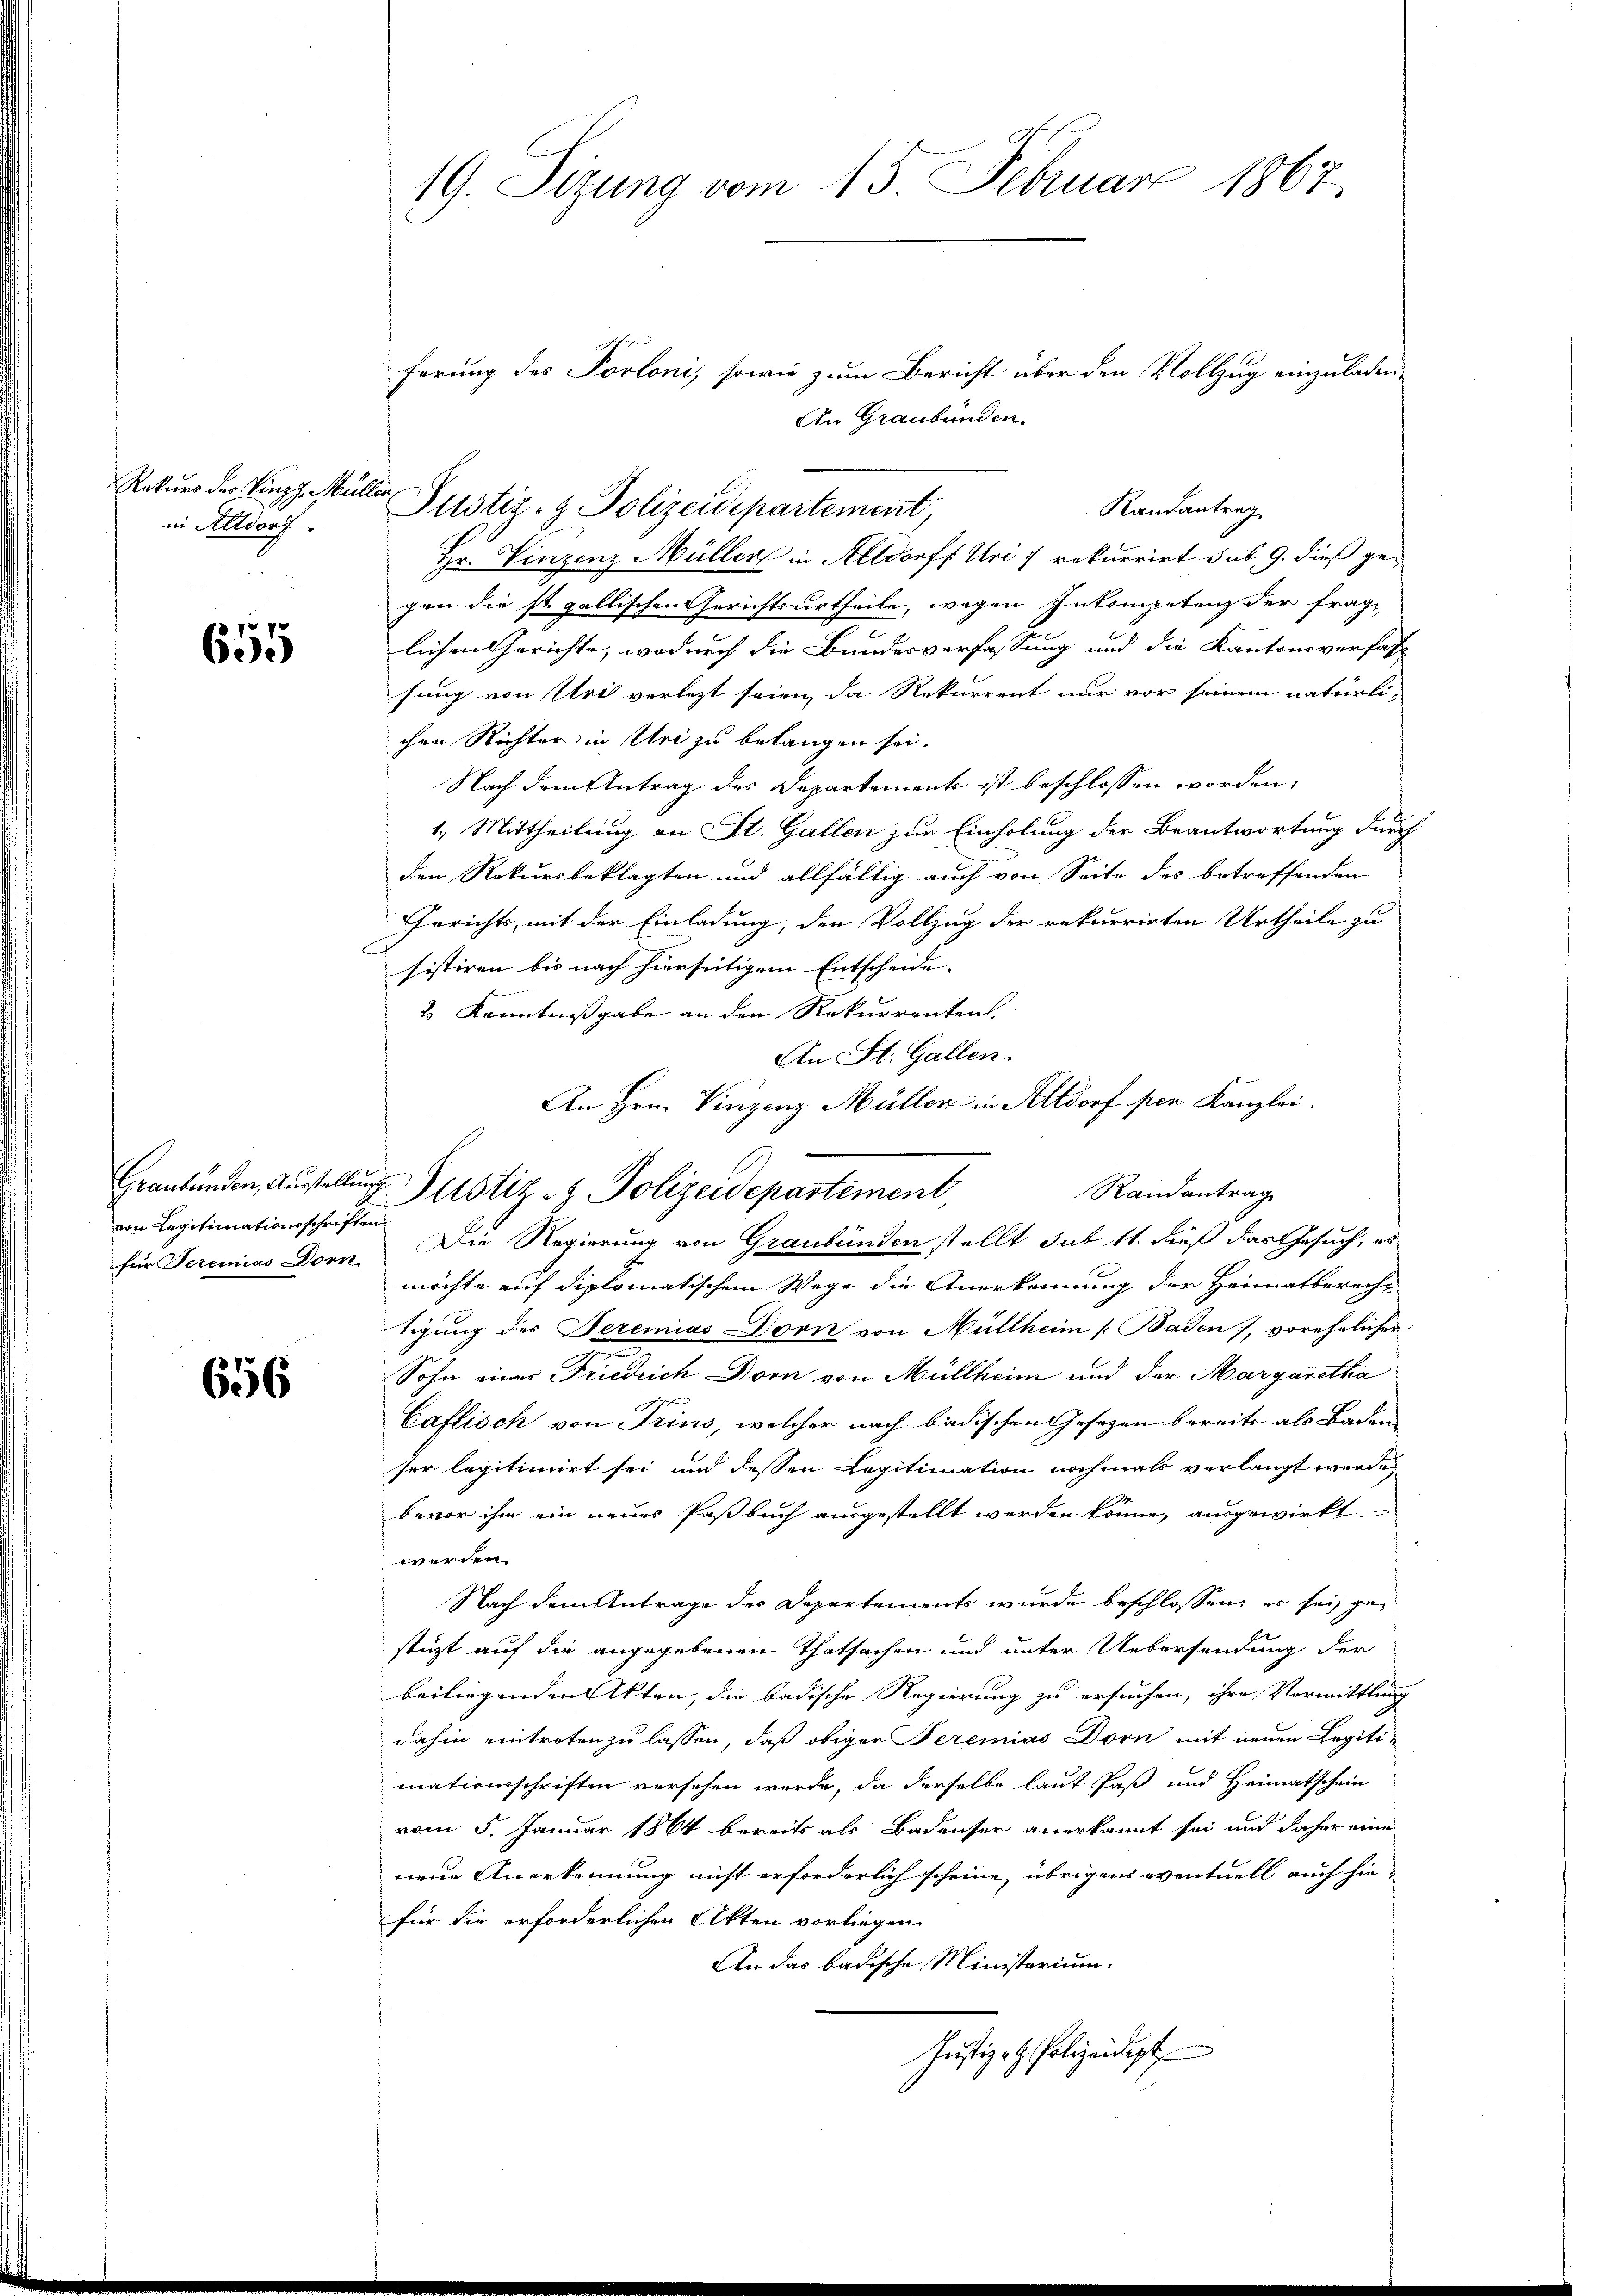
Rekurs der Vinzz, Müller
in Altdorf.

655

für Seremias Dorn

656

19. Sitzung vom 15. Februar 1867.

ferung des Portoni, sowie zum Bericht über den Vollzug einzuladen,
An Graubünden
Randantrag
Justiz- & Polizeidepartement,
Hr. Vinzenz Müller in Altdorff Uri u rekurrirt sub 9. dieß gegen die st. gallischen Gerichtsurtheile, wegen Inkompetenz der frage
lichen Gerichte, wodurch die Bundesverfassung und die Kantonsverfas-
sung von Uri verletzt seien, da Rekurrent nur vor seinem natürli-
chen Richter in Uri zu belangen sei.
Nach dem Antrag des Departements ist beschlossen worden,
1.) Mittheilung an St. Gallen zur Einholung der Beantwortung durch
den Rekursbeklagten und allfällig auch von Seite des betreffenden
Gerichts, mit der Einladung, den Vollzug der rekurrirten Urtheile zu
sistiren bis nach hierseitigem Entscheide. |
2 Kenntnissgabe an den Rekurrenten.
An St. Gallen.
An Hrn. Vinzenz Müller in Altdorf per Kanzlei.
Randantrag
von Legitimationsschriften Die Regierung von Graubünden stellt sub 11. dieß das Gesuch, es
möchte auf diplomatischem Wege die Anerkennung der Heimatberecht
tigung des Seremias Dorn von Müllheim (Baden, vorehelicher
Sohn einer Friedrich Dorn von Müllheim und der Margaretha
Caflisch von Trins, welcher nach badischen Gesezen bereits als Badenser legitimirt sei und dessen Legitimation nochmals verlangt werde,
bevor ihm ein neues Paßbuch ausgestellt werden könne, ausgewirkt
werden.
Nach dem Antrage der Departements wurde beschlossen, er sei, gestüzt auf die angegebenen Thatsachen und unter Uebersendung der
beiliegenden Akten, die badische Regierung zu ersuchen, ihre Vormittlung
dahin eintreten zu lassen, daß obiger Peremias Dorn mit neuen Legitimationsschriften versehen werde, da derselbe laut Paß und Heimatschein
vom 5. Januar 1864 bereits als Badenser anerkannt sei und daher eine
neue Anerkennung nicht erforderlich scheine übrigens eventuell auch hiefür die erforderlichen Akten vorliegen.
An das badische Ministerium.
Justiz- H. Polizeidigt

Graubünden, Austellung Justiz- & Polizeidepartement,